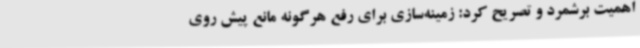
اهمیت برشمرد و تصریح کرد: زمینه‌سازی برای رفع هرگونه مانع پیش روی